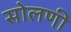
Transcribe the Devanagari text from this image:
सोलणी